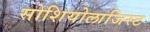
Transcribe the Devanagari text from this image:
सोशियोलाजिस्ट